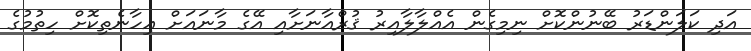
އަދި ކަލަންޑަރު ބޭނުންކޮށް ނިމިގެން އެއްލާލާއިރު ޤުރްއާނަށާއި އޭގެ މާނައަށް އިހާނެތިކޮށް ހިތުމުގެ